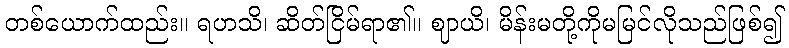
တစ်ယောက်ထည်း။ ရဟသိ၊ ဆိတ်ငြိမ်ရာ၏။ ဈာယိ၊ မိန်းမတို့ကိုမမြင်လိုသည်ဖြစ်၍